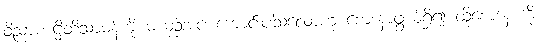
ဝိညာဏဋ္ဌိတိသာမန်ကို မယှဉ်အပ် ကောင်းပါသလောဟု စောဒနာဖွယ်ရှိ၍ ထိုစောဒနာကို